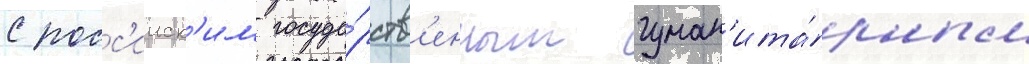
с росс'ииск'им госуда́рств'енным гуман'ита́рным